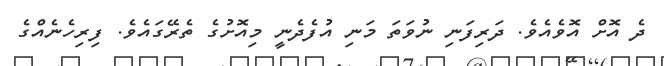
ދެ އޮށް އޮވެއެވެ. ދަރިފަނި ނުވަތަ މަނި އުފެދެނީ މިއޮށުގެ ތެރޭގައެވެ. ފިރިހެނެއްގެ